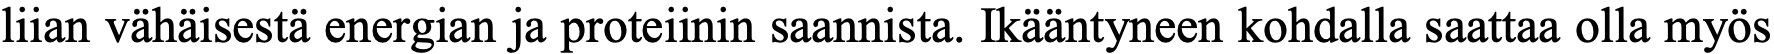
liian vähäisestä energian ja proteiinin saannista. Ikääntyneen kohdalla saattaa olla myös